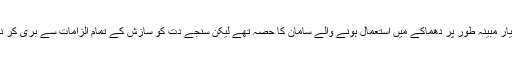
یہ ہتھیار مبینہ طور پر دھماکے میں استعمال ہونے والے سامان کا حصہ تھے لیکن سنجے دت کو سازش کے تمام الزامات سے بری کر دیا گیا۔